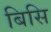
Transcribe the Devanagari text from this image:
बिसि